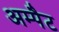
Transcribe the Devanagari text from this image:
अम्पैट